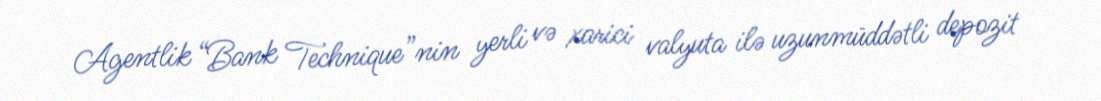
Agentlik “Bank Technique”nin yerli və xarici valyuta ilə uzunmüddətli depozit